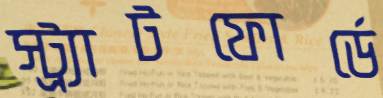
স্ট্র্যাটফোর্ডে